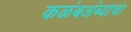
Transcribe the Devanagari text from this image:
कळंबअंब्याचा